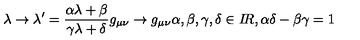
\lambda \rightarrow \lambda ^ { \prime } = \frac { \alpha \lambda + \beta } { \gamma \lambda + \delta } g _ { \mu \nu } \rightarrow g _ { \mu \nu } \alpha , \beta , \gamma , \delta \in I \! R , \alpha \delta - \beta \gamma = 1